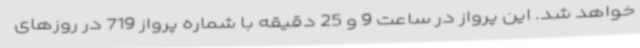
خواهد شد. این پرواز در ساعت 9 و 25 دقیقه با شماره پرواز 719 در روزهای